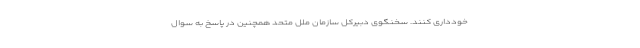
خودداری کنند. سخنگوی دبیرکل سازمان ملل متحد همچنین در پاسخ به سوال